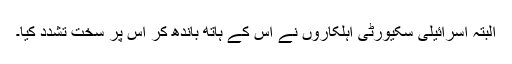
البتہ اسرائیلی سکیورٹی اہلکاروں نے اس کے ہاتھ باندھ کر اس پر سخت تشدد کیا۔